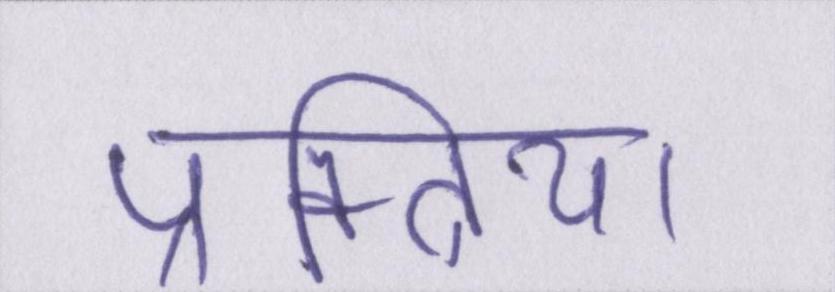
प्रक्त्रिया